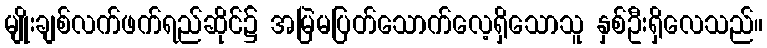
မျိုးချစ်လက်ဖက်ရည်ဆိုင်၌ အမြဲမပြတ်သောက်လေ့ရှိသောသူ နှစ်ဦးရှိလေသည်။